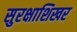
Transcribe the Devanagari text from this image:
सुरक्षाशिखर